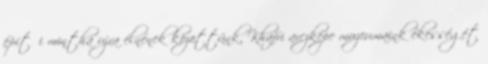
építői mintha ujra élnének közöttünk, Khafri arczképe muzeumaink ékességét